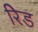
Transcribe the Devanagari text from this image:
रेिड